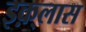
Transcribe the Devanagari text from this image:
इक़्लास